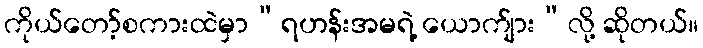
ကိုယ်တော့်စကားထဲမှာ“ရဟန်းအမရဲ့ ယောက်ျား”လို့ ဆိုတယ်။